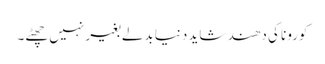
کورونا کی دھند شاید دنیا بدلے بغیر نہیں چھٹے۔